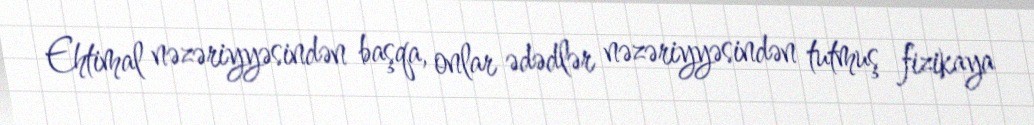
Ehtimal nəzəriyyəsindən başqa, onlar ədədlər nəzəriyyəsindən tutmuş fizikaya